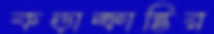
কড়াক্রান্তির